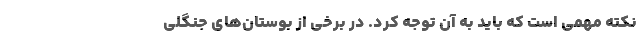
نکته مهمی است که باید به آن توجه کرد. در برخی از بوستان‌های جنگلی